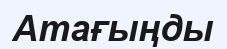
Атағыңды